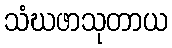
သံဃဖာသုတာယ